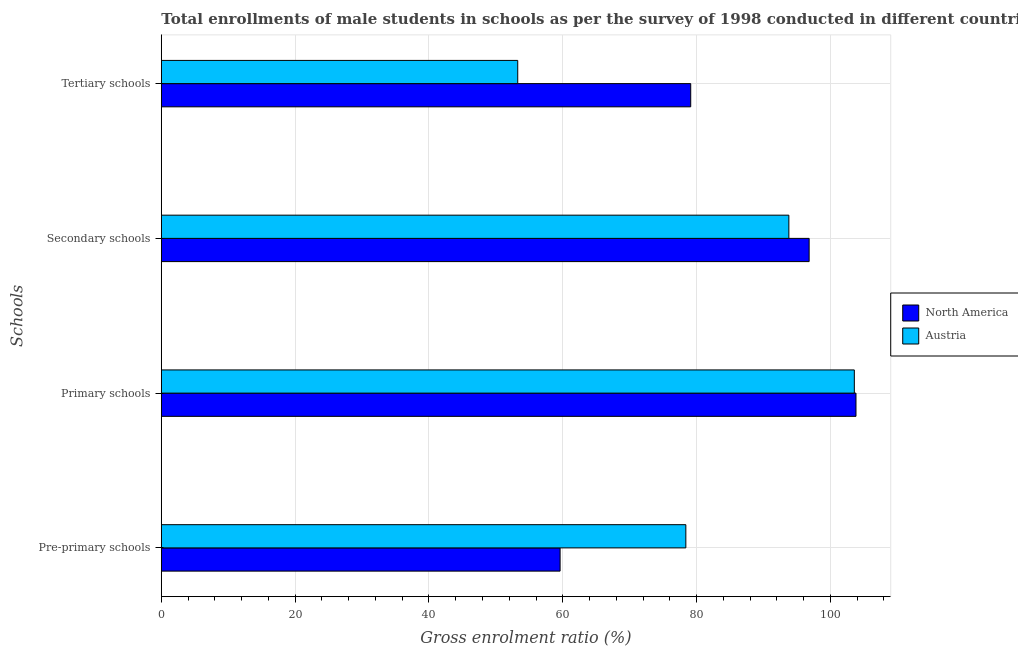
| Schools | North America | Austria |
 | --- | --- | --- |
 | Pre-primary schools | 59.6 | 78.4 |
 | Primary schools | 104 | 104 |
 | Secondary schools | 96.8 | 93.8 |
 | Tertiary schools | 79.1 | 53.3 |